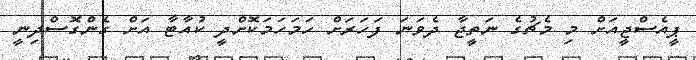
ޕީއެސްޖީއަށް މި މެޗުގެ ނަތީޖާ ދެވަނަ ފަހަރަށް ހަމަހަމަކޮށްދީ ކުއާޓާ އަށް ގެންގޮސްދިނީ